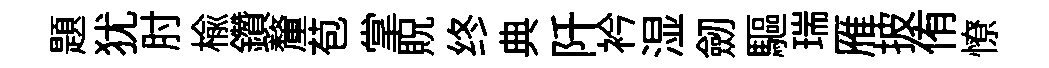
題犹肘楡鑽釐苞掌貺终典阡衿湿劒驅瑞雁披侑憭